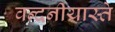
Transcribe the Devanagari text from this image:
वन्दनीयास्ते